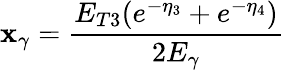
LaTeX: \mathbf{x}_{\gamma}=\frac{{E_{T3}(e^{-\eta_{3}}+e^{-\eta_{4}})}}{{2E_{\gamma}}}